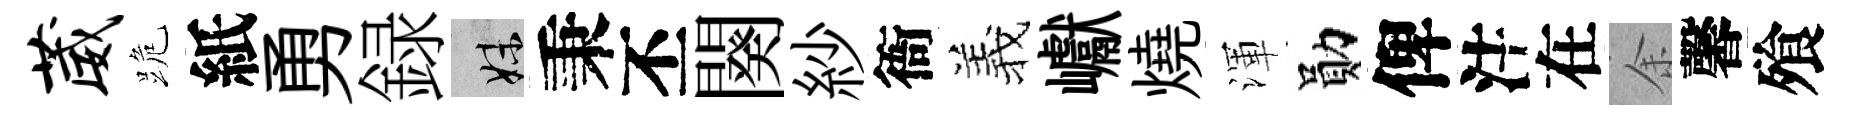
葳跪紙勇録妹秉丕闋紗衙羲巘燒渾勛俾注在余馨飱